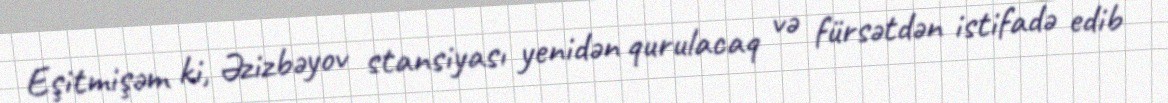
Eşitmişəm ki, Əzizbəyov stansiyası yenidən qurulacaq və fürsətdən istifadə edib